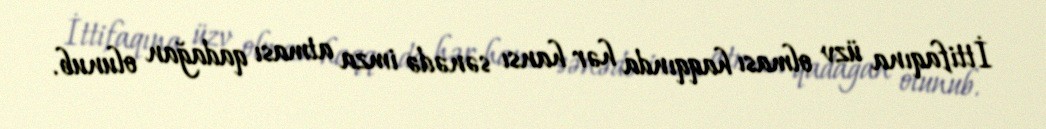
İttifaqına üzv olması haqqında hər hansı sənədə imza atması qadağan olunub.